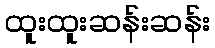
ထူးထူးဆန်းဆန်း